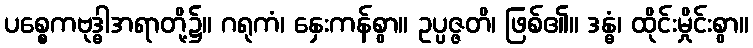
ပစ္စေကဗုဒ္ဓါအရာတို့၌။ ဂရုကံ၊ နှေးကန်စွာ။ ဥပ္ပဇ္ဇတိ၊ ဖြစ်၏။ ဒန္ဓံ၊ ထိုင်းမှိုင်းစွာ။